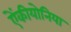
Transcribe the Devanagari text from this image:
ऐंकीयोनिया